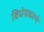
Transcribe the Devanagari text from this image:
विधेयकाणे